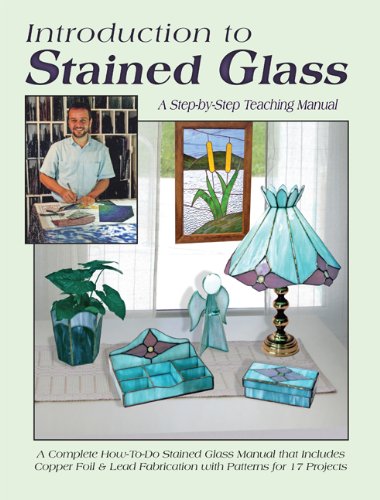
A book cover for Introduction to Stained Glass: A Step-by-Step Teaching Manual; Randy Wardell; Crafts, Hobbies & Home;